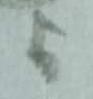
与